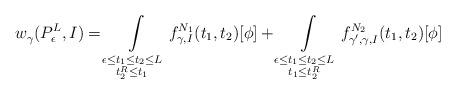
LaTeX: \begin{align*} w^{}_\gamma(P_\epsilon^L, I) = \int \limits_{\substack{\epsilon \leq t_1 \leq t_2 \leq L \\ t_2^R \leq t_1}} f_{\gamma, I}^{N_1}(t_1, t_2)[\phi] + \int\limits_{\substack{\epsilon \leq t_1 \leq t_2 \leq L \\ t_1 \leq t_2^R }} f_{\gamma', \gamma, I}^{N_2}(t_1, t_2)[\phi] \end{align*}